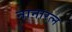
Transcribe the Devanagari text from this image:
नानारत्न